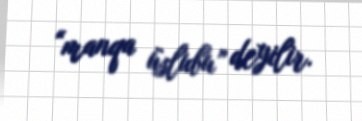
“manqa üslubu” deyilir.